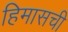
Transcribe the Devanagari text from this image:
हिमासची